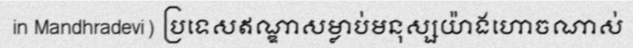
in Mandhradevi) ប្រទេសឥណ្ឌាសម្លាប់មនុស្សយ៉ាងហោចណាស់